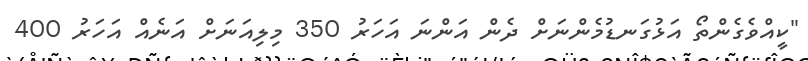
"ކީއްވެގެންތޯ އަޅުގަނޑުމެންނަށް ދެން އަންނަ އަހަރު 350 މިލިއަނަށް އަނެއް އަހަރު 400